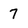
Character: 7